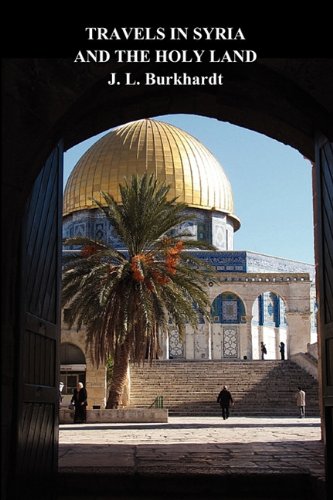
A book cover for Travels in Syria and the Holy Land; J. L. Burckhardt; Travel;